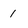
Character: 1